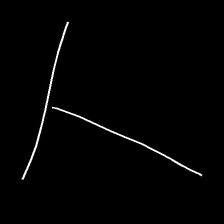
Glyph: column